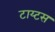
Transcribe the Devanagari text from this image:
टाय्टस